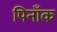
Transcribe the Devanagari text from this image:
पिनाँक